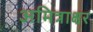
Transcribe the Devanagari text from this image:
अमित्राक्षर